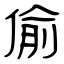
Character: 偷